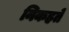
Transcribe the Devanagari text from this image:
निकहते